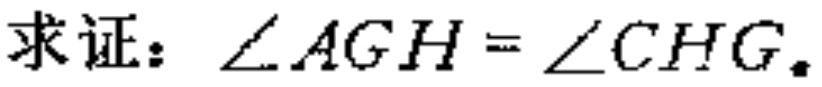
求证：\(\angle AGH = \angle CHG\)。